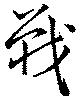
戰